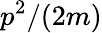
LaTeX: p^{2}/(2m)